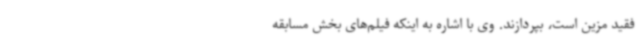
فقید مزین است، بپردازند. وی با اشاره به اینکه فیلم‌های بخش مسابقه